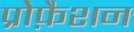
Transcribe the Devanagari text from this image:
प्रोफ़ैशन